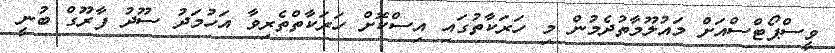
ވީސްޕޯޓްސްއަށް މައުލޫމާތުދެމުން މި ހަރަކާތުގައި އިސްކޮށް ހަރަކާތްތެރިވާ އަހުމަދު ސޫދު ފާރޫގް ބުނީ